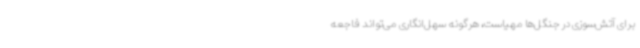
برای آتش‌سوزی در جنگل‌ها مهیاست، هرگونه سهل‌انگاری می‌تواند فاجعه